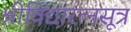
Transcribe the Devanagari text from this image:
श्रीविद्यारत्नसूत्र